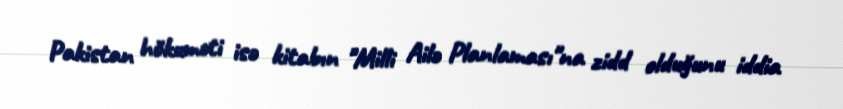
Pakistan hökuməti isə kitabın "Milli Ailə Planlaması"na zidd olduğunu iddia